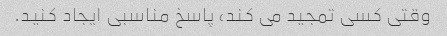
وقتی کسی تمجید می کند، پاسخ مناسبی ایجاد کنید.